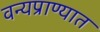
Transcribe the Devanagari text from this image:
वन्यप्राण्यात